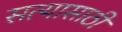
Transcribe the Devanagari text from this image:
सत्यासाठीं